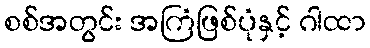
စစ်အတွင်း အကြံဖြစ်ပုံနှင့် ဂါထာ